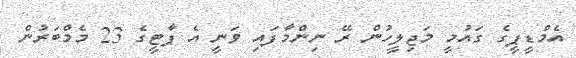
އެމްޑީޕީގެ ގައުމީ މަޖިލީހުން ރޭ ނިންމާފައި ވަނީ އެ ޕާޓީގެ 23 މެމްބަރުން